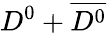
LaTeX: D^{0}+\overline{{D^{0}}}